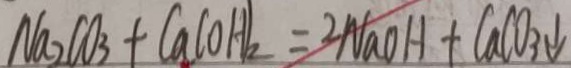
N a _ { 2 } C O _ { 3 } + C a ( O H ) _ { 2 } = 2 N a O H + C a C O _ { 3 } \downarrow